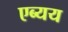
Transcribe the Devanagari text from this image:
एब्यय